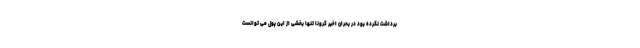
برداشت نکرده بود در بحران اخیر کرونا تنها بخشی از این پول می توانست